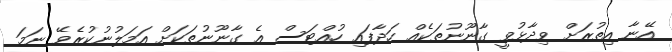
އޭނާ އިތުރަށް ވިދާޅުވީ ގާނޫނުތަކެއް ހަދާފައި ހުއްޓަސް އެ ގާނޫނުތަކަށް އަމަލުނުކުރެވޭ ނަމަ